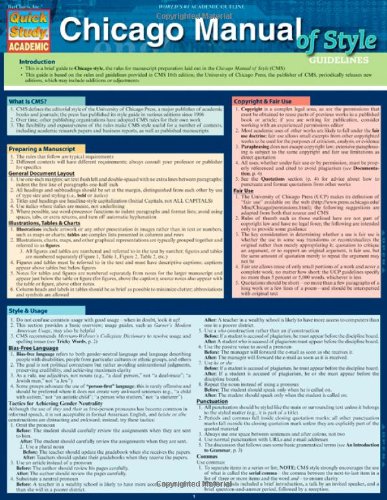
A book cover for Chicago Manual Of Style Guidelines (Quick Study); Inc. BarCharts; Reference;